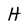
Character: H